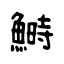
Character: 鰣